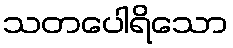
သတပေါရိသော